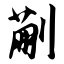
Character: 蒯